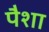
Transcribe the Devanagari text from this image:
पैशा